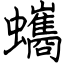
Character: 蠵